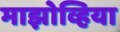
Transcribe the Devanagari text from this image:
माझोव्हिया